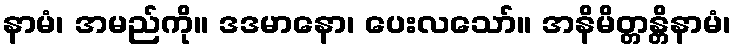
နာမံ၊ အမည်ကို။ ဒဒမာနော၊ ပေးလသော်။ အနိမိတ္တန္တိနာမံ၊